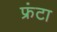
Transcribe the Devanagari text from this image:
फ्रंटा